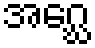
အဂ္ဃေ